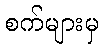
စက်များမှ